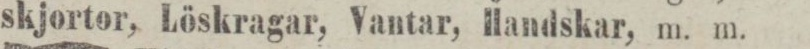
skjortor, Löskragar, Vantar, Ilandskar, m. m.